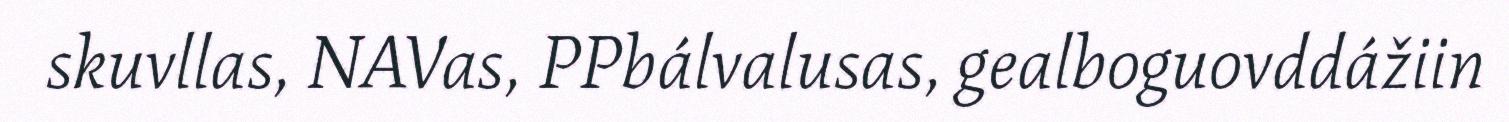
skuvllas, NAVas, PPbálvalusas, gealboguovddážiin